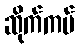
ဆိုက်ကပ်